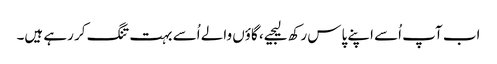
اب آپ اُسے اپنے پاس رکھ لیجیے، گاؤں والے اُسے بہت تنگ کر رہے ہیں۔